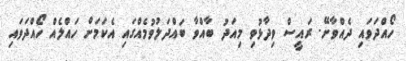
ހޯއްދަވައި ދެއްވާށޭ. ރައީސް ވިދާޅުވި މިއަދު ބާއްވާ ބައްދަލުވުމެއްގައި އެކަމަށް ހައްލެއް ހޯއްދަވައި